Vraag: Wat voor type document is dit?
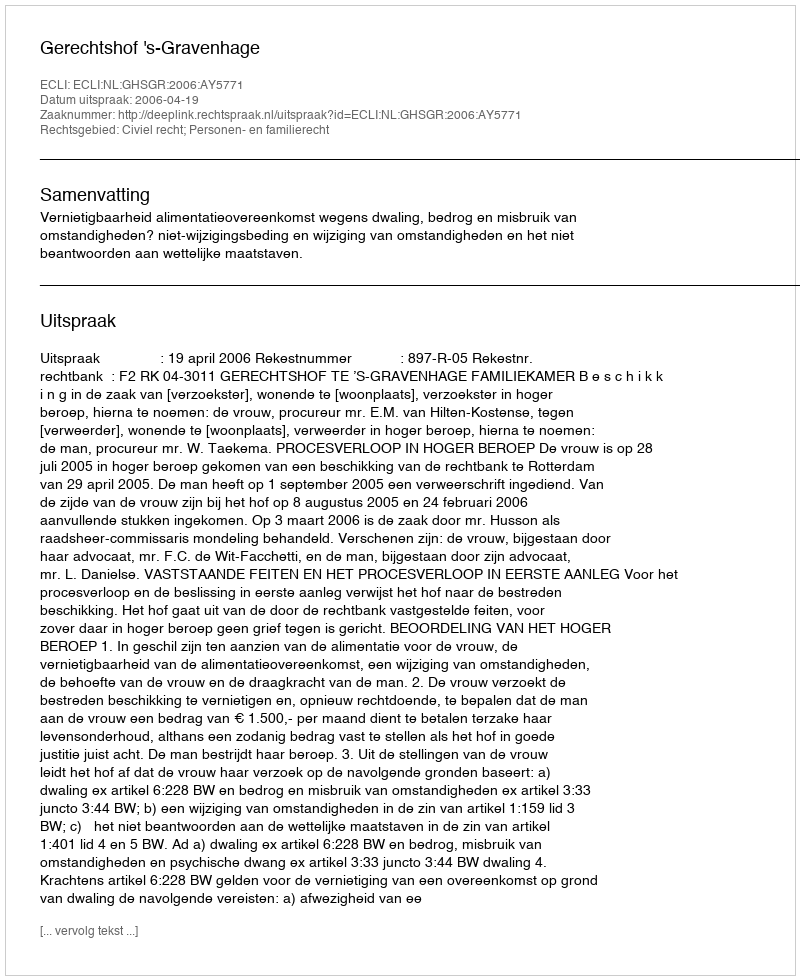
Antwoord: Uitspraak